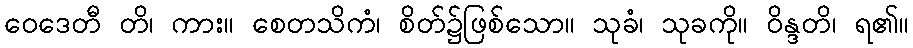
ဝေဒေတီ တိ၊ ကား။ စေတသိကံ၊ စိတ်၌ဖြစ်သော။ သုခံ၊ သုခကို။ ဝိန္ဒတိ၊ ရ၏။